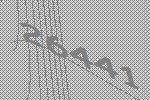
26441